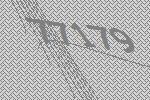
77179